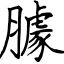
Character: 臄